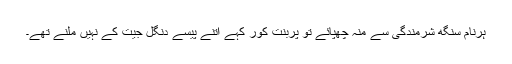
ہرنام سنگھ شرمندگی سے منہ چھپائے تو پربنت کور کہے اتنے پیسے دنگل جیت کے نہیں ملنے تھے۔